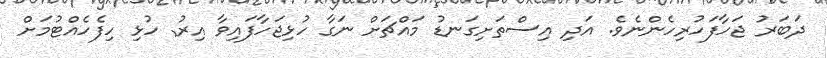
ދަބަރު ޖަހާފަހުރިހެންނެވެ. އަދި އިސްތަށިގަނޑު މައްޗަށް ނަގާ ހުޅިޖަހާފައިވާ އިރު